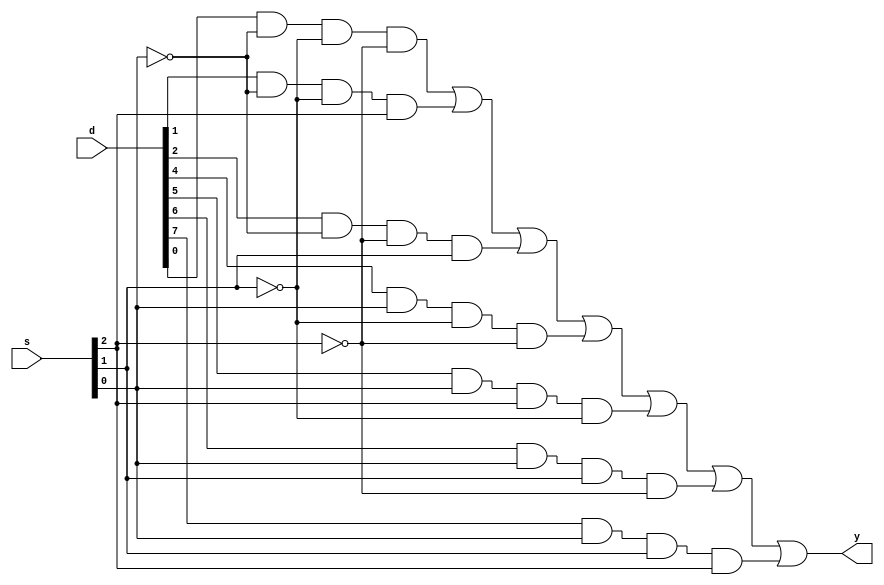
module mux81(d,s,y);
input [7:0]d;
input [2:0]s;
output y;
wire w1,w2,w3,w4,w5,w6,w7,w8,w9,w10,w11;
not g1(w1,s[0]);
not g2(w2,s[1]);
not g3(w3,s[2]);
and g4(w4,d[0],w1,w2,w3);
and g5(w5,d[1],w1,w2,s[2]);
and g6(w6,d[2],w1,w3,s[1]);
and g7(w7,d[3],w1,s[1],s[2]);
and g8(w8,d[4],s[0],w2,w3);
and g9(w9,d[5],s[0],s[2],w2);
and g10(w10,d[6],s[0],s[1],w3);
and g11(w11,d[7],s[0],s[1],s[2]);
or g12(y,w4,w5,w6,w8,w9,w10,w11);
endmodule